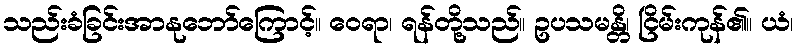
သည်းခံခြင်းအာနုဘော်ကြောင့်။ ဝေရာ၊ ရန်တို့သည်။ ဥပသမန္တိ၊ ငြိမ်းကုန်၏။ ယံ၊